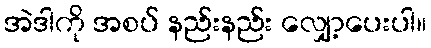
အဲဒါကို အစပ် နည်းနည်း လျှော့ပေးပါ။